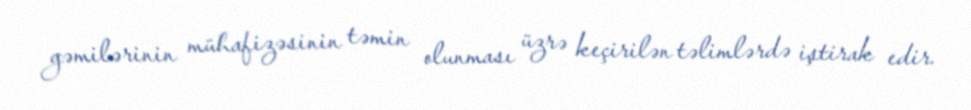
gəmilərinin mühafizəsinin təmin olunması üzrə keçirilən təlimlərdə iştirak edir.